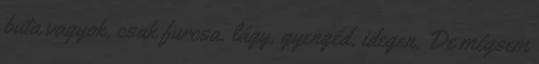
buta vagyok, csak furcsa. lágy, gyengéd, idegen. De mégsem